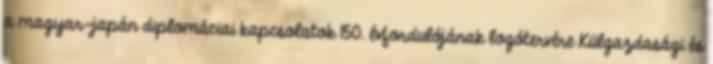
a magyar-japán diplomáciai kapcsolatok 150. évfordulójának logótervére Külgazdasági és